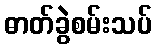
ဓာတ်ခွဲစမ်းသပ်